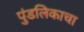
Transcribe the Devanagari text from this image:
पुंडलिकाचा